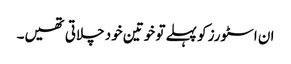
ان اسٹورز کو پہلے تو خوتین خود چلاتی تھیں۔